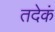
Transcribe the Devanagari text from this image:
तदेकं